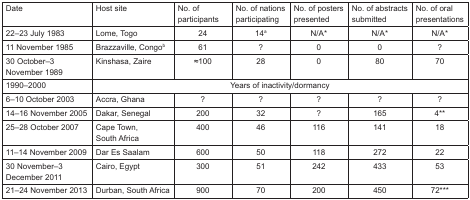
<table><thead><tr><td><b>Date</b></td><td><b>Host site</b></td><td><b>No. of participants</b></td><td><b>No. of nations participating</b></td><td><b>No. of posters presented</b></td><td><b>No. of abstracts submitted</b></td><td><b>No. of oral presentations</b></td></tr></thead><tbody><tr><td>22–23 July 1983</td><td>Lome, Togo</td><td>24</td><td>14<sup>a</sup></td><td>N/A<sup>*</sup></td><td>N/A<sup>*</sup></td><td>N/A<sup>*</sup></td></tr><tr><td>11 November 1985</td><td>Brazzaville, Congo<sup>b</sup></td><td>61</td><td>?</td><td>0</td><td>0</td><td>?</td></tr><tr><td>30 October–3 November 1989</td><td>Kinshasa, Zaire</td><td>≈100</td><td>28</td><td>0</td><td>80</td><td>70</td></tr><tr><td>1990–2000</td><td colspan="6">Years of inactivity/dormancy</td></tr><tr><td>6–10 October 2003</td><td>Accra, Ghana</td><td>?</td><td>?</td><td>?</td><td>?</td><td>?</td></tr><tr><td>14–16 November 2005</td><td>Dakar, Senegal</td><td>200</td><td>32</td><td>?</td><td>165</td><td>4<sup>**</sup></td></tr><tr><td>25–28 October 2007</td><td>Cape Town, South Africa</td><td>400</td><td>46</td><td>116</td><td>141</td><td>18</td></tr><tr><td>11–14 November 2009</td><td>Dar Es Saalam</td><td>600</td><td>50</td><td>118</td><td>272</td><td>22</td></tr><tr><td>30 November–3 December 2011</td><td>Cairo, Egypt</td><td>300</td><td>51</td><td>242</td><td>433</td><td>53</td></tr><tr><td>21–24 November 2013</td><td>Durban, South Africa</td><td>900</td><td>70</td><td>200</td><td>450</td><td>72<sup>***</sup></td></tr></tbody></table>